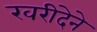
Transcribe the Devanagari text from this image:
खरीदेने